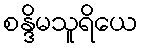
စန္ဒိမသူရိယေ